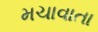
મચાવાતા